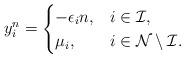
LaTeX: \begin{align*}y_i^{n}=\begin{cases} -\epsilon_i n, & i\in\mathcal{I}, \\\mu_i, & i\in\mathcal{N}\setminus\mathcal{I}.\end{cases}\end{align*}